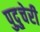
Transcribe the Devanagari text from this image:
पुदु्चेरी